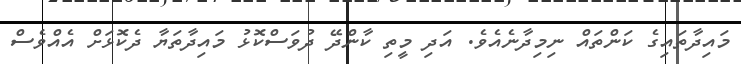
މައިދާތައިގެ ކަންތައް ނިމިދާނެއެވެ. އަދި މީތި ކާންދޭ ދުވަސްކޮޅު މައިދާތަޔާ ދެކޮޅަށް އެއްވެސް